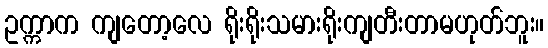
ဥက္ကာက ကျတော့လေ ရိုးရိုးသမားရိုးကျတီးတာမဟုတ်ဘူး။